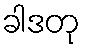
ခါဒတု